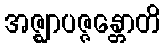
အဇ္ဈာပဇ္ဇန္တောတိ